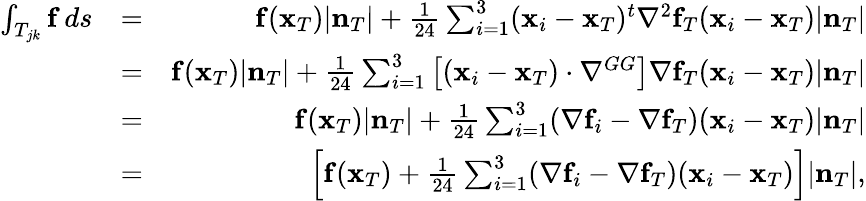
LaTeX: \begin{array}{rlr}{\int_{T_{jk}}{\mathbf f}\, ds}&{=}&{{\mathbf f}({\mathbf x}_{T})|{\mathbf n}_{T}|+\frac{1}{24}\sum_{i=1}^{3}({\mathbf x}_{i}-{\mathbf x}_{T})^{t}\nabla^{2}{\mathbf f}_{T}({\mathbf x}_{i}-{\mathbf x}_{T})|{\mathbf n}_{T}|}\\ &{=}&{{\mathbf f}({\mathbf x}_{T})|{\mathbf n}_{T}|+\frac{1}{24}\sum_{i=1}^{3}\left[({\mathbf x}_{i}-{\mathbf x}_{T})\cdot\nabla^{GG}\right]\nabla{\mathbf f}_{T}({\mathbf x}_{i}-{\mathbf x}_{T})|{\mathbf n}_{T}|}\\ &{=}&{{\mathbf f}({\mathbf x}_{T})|{\mathbf n}_{T}|+\frac{1}{24}\sum_{i=1}^{3}(\nabla{\mathbf f}_{i}-\nabla{\mathbf f}_{T})({\mathbf x}_{i}-{\mathbf x}_{T})|{\mathbf n}_{T}|}\\ &{=}&{\left[{\mathbf f}({\mathbf x}_{T})+\frac{1}{24}\sum_{i=1}^{3}(\nabla{\mathbf f}_{i}-\nabla{\mathbf f}_{T})({\mathbf x}_{i}-{\mathbf x}_{T})\right]|{\mathbf n}_{T}|,}\end{array}